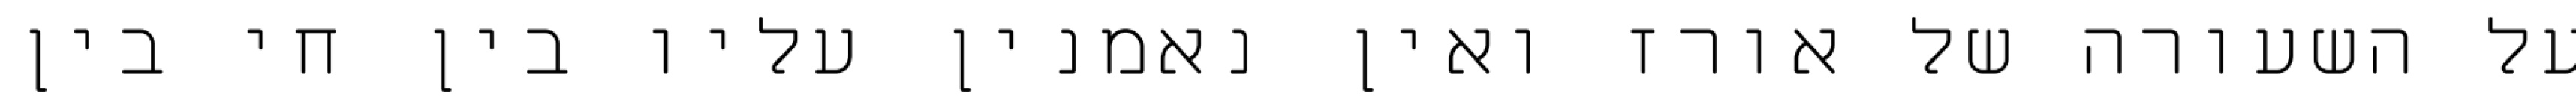
על השעורה של אורז ואין נאמנין עליו בין חי בין